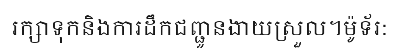
រក្សាទុកនិងការដឹកជញ្ជូនងាយស្រួល។ម៉ូទ័រ: